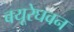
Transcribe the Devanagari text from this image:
बयूरेघवन